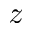
z